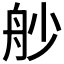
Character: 𦨖